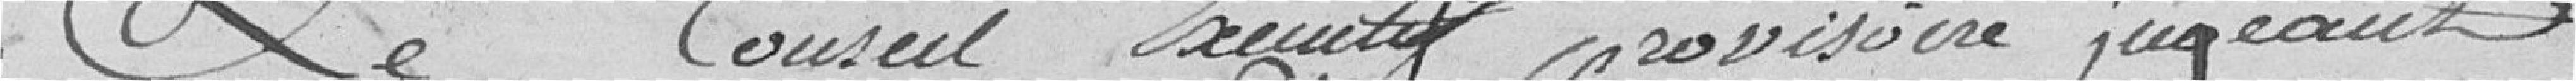
Le conseil exécutif provisoire jugeant